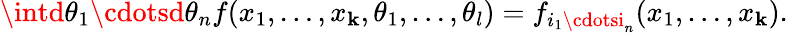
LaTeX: \intd\theta_{1}\cdotsd\theta_{n}f(x_{1},\ldots,x_{\mathbf{k}},\theta_{1},\ldots,\theta_{l})=f_{i_{1}\cdotsi_{n}}(x_{1},\ldots,x_{\mathbf{k}}).